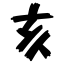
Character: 亥